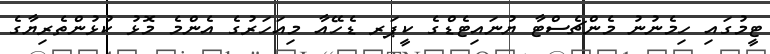
ޓީމުގައި ހިމެނުނު މެންޗެސްޓާ ޔުނައިޓެޑްގެ ކީޕަރ ޑެހޭއާ މިއަހަރުގެ އެންމެ މޮޅު ކުޅުންތެރިޔާގެ